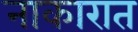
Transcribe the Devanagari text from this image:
नाकारात